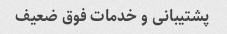
پشتیبانی و خدمات فوق ضعیف